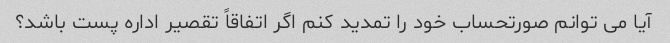
آیا می توانم صورتحساب خود را تمدید کنم اگر اتفاقاً تقصیر اداره پست باشد؟